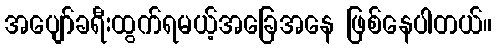
အပျော်ခရီးထွက်ရမယ့်အခြေအနေ ဖြစ်နေပါတယ်။